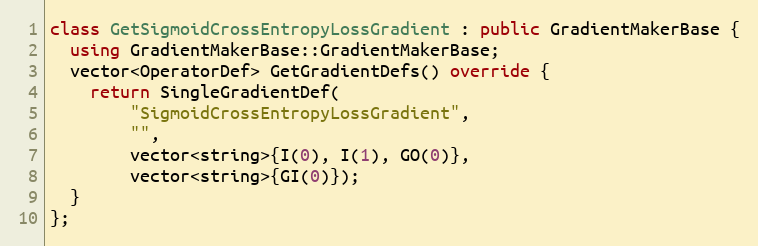
Language: C++
class GetSigmoidCrossEntropyLossGradient : public GradientMakerBase {
  using GradientMakerBase::GradientMakerBase;
  vector<OperatorDef> GetGradientDefs() override {
    return SingleGradientDef(
        "SigmoidCrossEntropyLossGradient",
        "",
        vector<string>{I(0), I(1), GO(0)},
        vector<string>{GI(0)});
  }
};